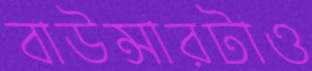
বাউন্সারটাও